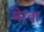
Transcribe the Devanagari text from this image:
मेरवा